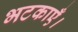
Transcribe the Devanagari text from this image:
भटकाएँ।